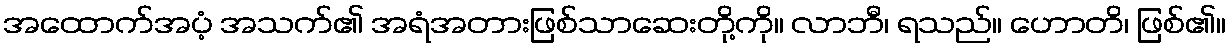
အထောက်အပံ့ အသက်၏ အရံအတားဖြစ်သာဆေးတို့ကို။ လာဘီ၊ ရသည်။ ဟောတိ၊ ဖြစ်၏။